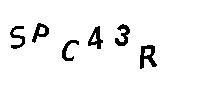
SPC43R